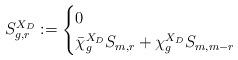
LaTeX: \begin{align*}S^{X_D}_{g,r}:=\begin{cases}0&\\\bar\chi^{X_D}_gS_{m,r}+\chi^{X_D}_gS_{m,m-r}&\end{cases}\end{align*}